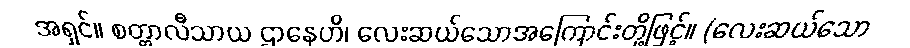
အရှင်။ စတ္တာလီသာယ ဌာနေဟိ၊ လေးဆယ်သောအကြောင်းတို့ဖြင့်။ (လေးဆယ်သော